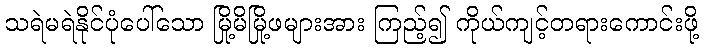
သရဲမရဲနိုင်ပုံပေါ်သော မြို့မိမြို့ဖများအား ကြည့်၍ ကိုယ်ကျင့်တရားကောင်းဖို့